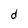
Character: d